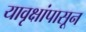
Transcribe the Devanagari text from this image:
यावृक्षांपासून